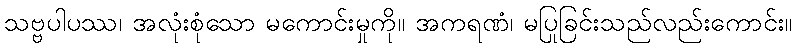
သဗ္ဗပါပဿ၊ အလုံးစုံသော မကောင်းမှုကို။ အကရဏံ၊ မပြုခြင်းသည်လည်းကောင်း။